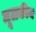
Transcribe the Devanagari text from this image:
मूलकीय